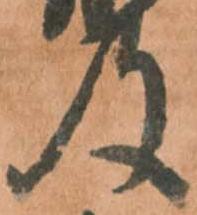
及